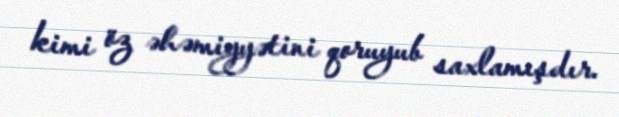
kimi öz əhəmiyyətini qoruyub saxlamışdır.